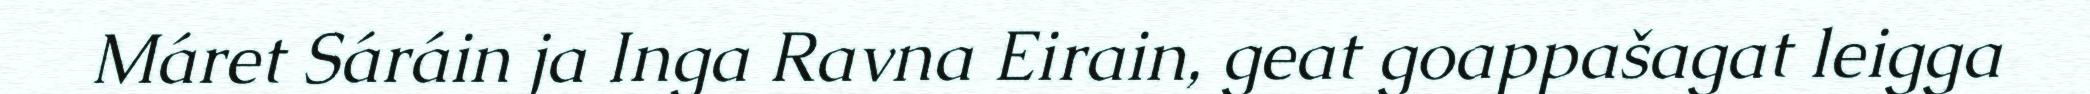
Máret Sáráin ja Inga Ravna Eirain, geat goappašagat leigga